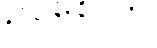
ဥပစေလာ